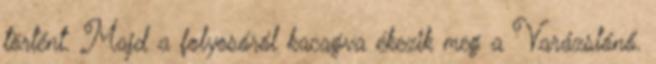
történt. Majd a folyosóról kacagva ékezik meg a Varázslónő.